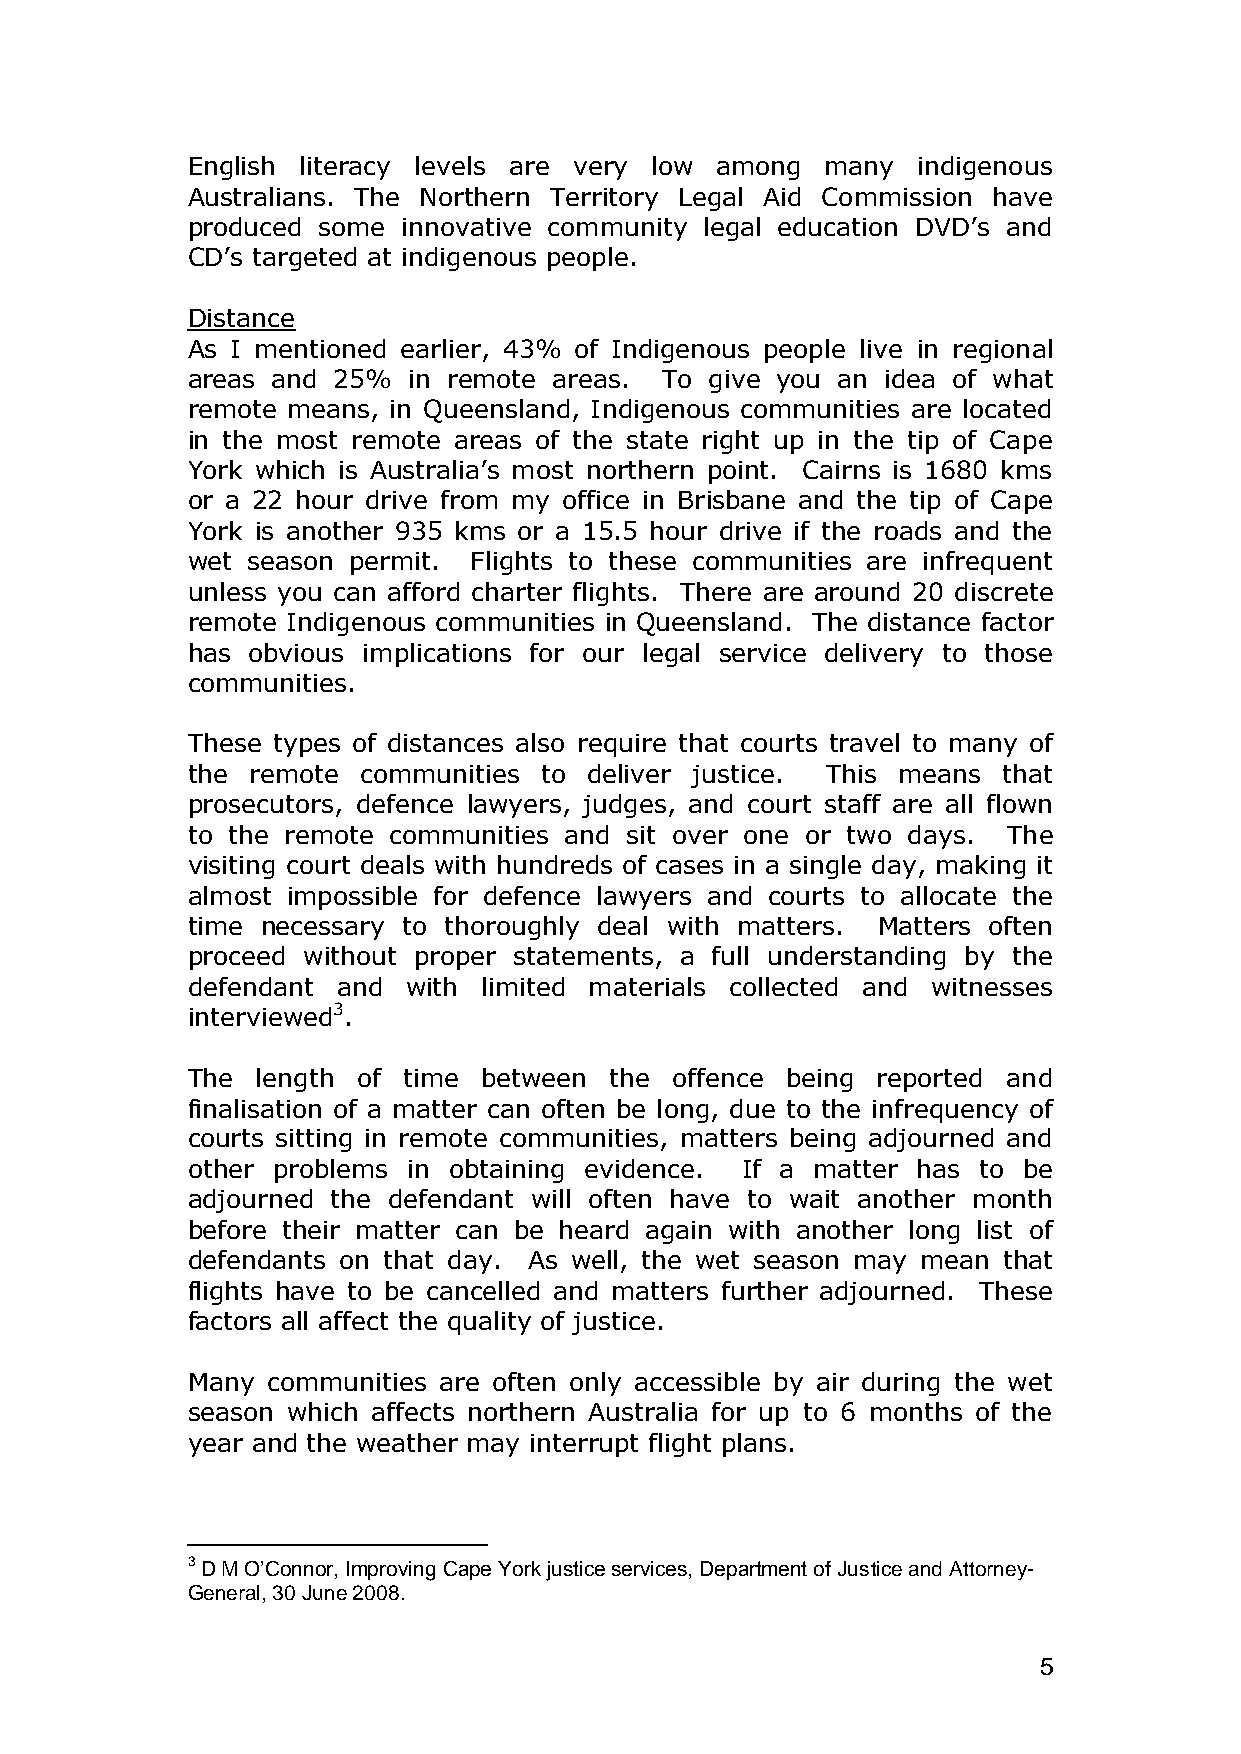
English literacy levels are very low among many  indigenous
 Australians. The Northern Territory Legal Aid Commission have
 produced some  innovative community legal education DVD‟s and
 CD‟s targeted at indigenous people.
 Distance
 As I mentioned earlier, 43% of Indigenous people live in regional
 areas and 25%  in remote areas. To give you an idea of what
 remote means, in Queensland, Indigenous communities are located
 in the most remote areas of the state right up in the tip of Cape
 York which is Australia‟s most northern point. Cairns is 1680 kms
 or a 22 hour drive from my office in Brisbane and the tip of Cape
 York is another 935 kms or a 15.5 hour drive if the roads and the
 wet season permit. Flights to these communities are infrequent
 unless you can afford charter flights. There are around 20 discrete
 remote Indigenous communities in Queensland. The distance factor
 has obvious implications for our legal service delivery to those
 communities.
 These types of distances also require that courts travel to many of
 the remote  communities to deliver justice. This means that
 prosecutors, defence lawyers, judges, and court staff are all flown
 to the remote communities and sit over one or two days. The
 visiting court deals with hundreds of cases in a single day, making it
 almost impossible for defence lawyers and courts to allocate the
 time necessary to thoroughly deal with matters. Matters often
 proceed without proper statements, a full understanding by the
 defendant and  with limited materials collected and witnesses
 interviewed3.
 The  length of time between the offence being reported and
 finalisation of a matter can often be long, due to the infrequency of
 courts sitting in remote communities, matters being adjourned and
 other problems in obtaining evidence. If a matter has to be
 adjourned the defendant will often have to wait another month
 before their matter can be heard again with another long list of
 defendants on that day. As well, the wet season may mean that
 flights have to be cancelled and matters further adjourned. These
 factors all affect the quality of justice.
 Many  communities are often only accessible by air during the wet
 season which affects northern Australia for up to 6 months of the
 year and the weather may interrupt flight plans.
 3 D M O’Connor, Improving Cape York justice services, Department of Justice and Attorney-
 General, 30 June 2008.
 5